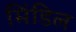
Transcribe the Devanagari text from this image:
मिंडिल